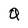
Character: Q